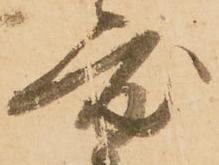
度